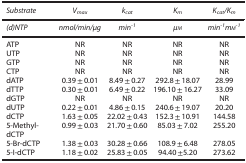
<table><thead><tr><td><b><i>Substrate</i></b></td><td><b><i>V</i><sub><i>max</i></sub></b></td><td><b><i>k</i><sub><i>cat</i></sub></b></td><td><b><i>K</i><sub><i>m</i></sub></b></td><td><b><i>K</i><sub><i>cat</i></sub><i>/K</i><sub><i>m</i></sub></b></td></tr></thead><tbody><tr><td><i>(d)NTP</i></td><td><i>nmol/min/μg</i></td><td><i>min</i><sup><i>-1</i></sup></td><td><i>μM</i></td><td><i>min</i><sup><i>-1</i></sup><i>mM</i><sup><i>-1</i></sup></td></tr><tr><td>ATP</td><td>NR</td><td>NR</td><td>NR</td><td>NR</td></tr><tr><td>UTP</td><td>NR</td><td>NR</td><td>NR</td><td>NR</td></tr><tr><td>GTP</td><td>NR</td><td>NR</td><td>NR</td><td>NR</td></tr><tr><td>CTP</td><td>NR</td><td>NR</td><td>NR</td><td>NR</td></tr><tr><td>dATP</td><td>0.39±0.01</td><td>8.49±0.27</td><td>292.8±18.07</td><td>28.99</td></tr><tr><td>dTTP</td><td>0.30±0.01</td><td>6.49±0.22</td><td>196.10±16.27</td><td>33.09</td></tr><tr><td>dGTP</td><td>NR</td><td>NR</td><td>NR</td><td>NR</td></tr><tr><td>dUTP</td><td>0.22±0.01</td><td>4.86±0.15</td><td>240.6±19.07</td><td>20.20</td></tr><tr><td>dCTP</td><td>1.63±0.05</td><td>22.02±0.43</td><td>152.3±10.91</td><td>144.58</td></tr><tr><td>5-Methyl-dCTP</td><td>0.99±0.03</td><td>21.70±0.60</td><td>85.03±7.02</td><td>255.20</td></tr><tr><td>5-Br-dCTP</td><td>1.38±0.03</td><td>30.28±0.66</td><td>108.9±6.48</td><td>278.05</td></tr><tr><td>5-I-dCTP</td><td>1.18±0.02</td><td>25.83±0.05</td><td>94.40±5.20</td><td>273.62</td></tr></tbody></table>